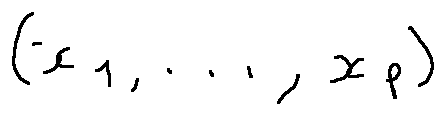
( x _ { 1 } , \ldots , x _ { p } )